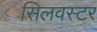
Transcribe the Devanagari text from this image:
सिलवस्टर